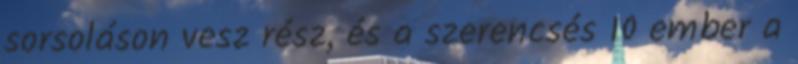
sorsoláson vesz rész, és a szerencsés 10 ember a